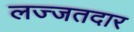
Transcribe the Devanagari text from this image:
लज्जतदार